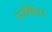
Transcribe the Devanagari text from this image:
परजीवीमध्ये